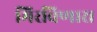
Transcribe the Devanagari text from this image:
मिरविणारा